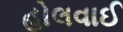
હોલવાઈ